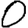
Digit: 0